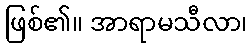
ဖြစ်၏။ အာရာမသီလာ၊